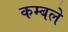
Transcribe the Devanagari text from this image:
कम्बले